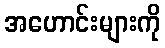
အဟောင်းများကို